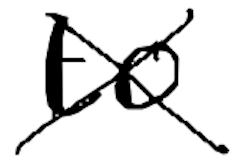
Text: to
Cross-out: cross
Writing tool: digital_black